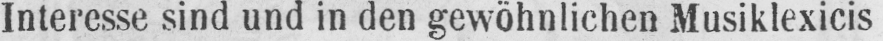
Interesse sind und in den gewöhnlichen Musiklexicis